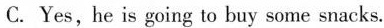
C.Yes,he is going to buy some snacks.